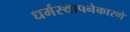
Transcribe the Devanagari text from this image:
धर्मस्थापनेकारणे